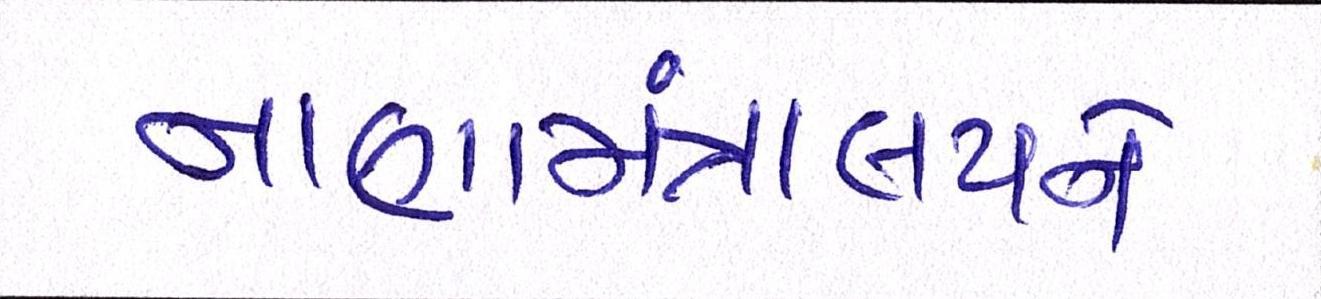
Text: નાણામંત્રાલયને